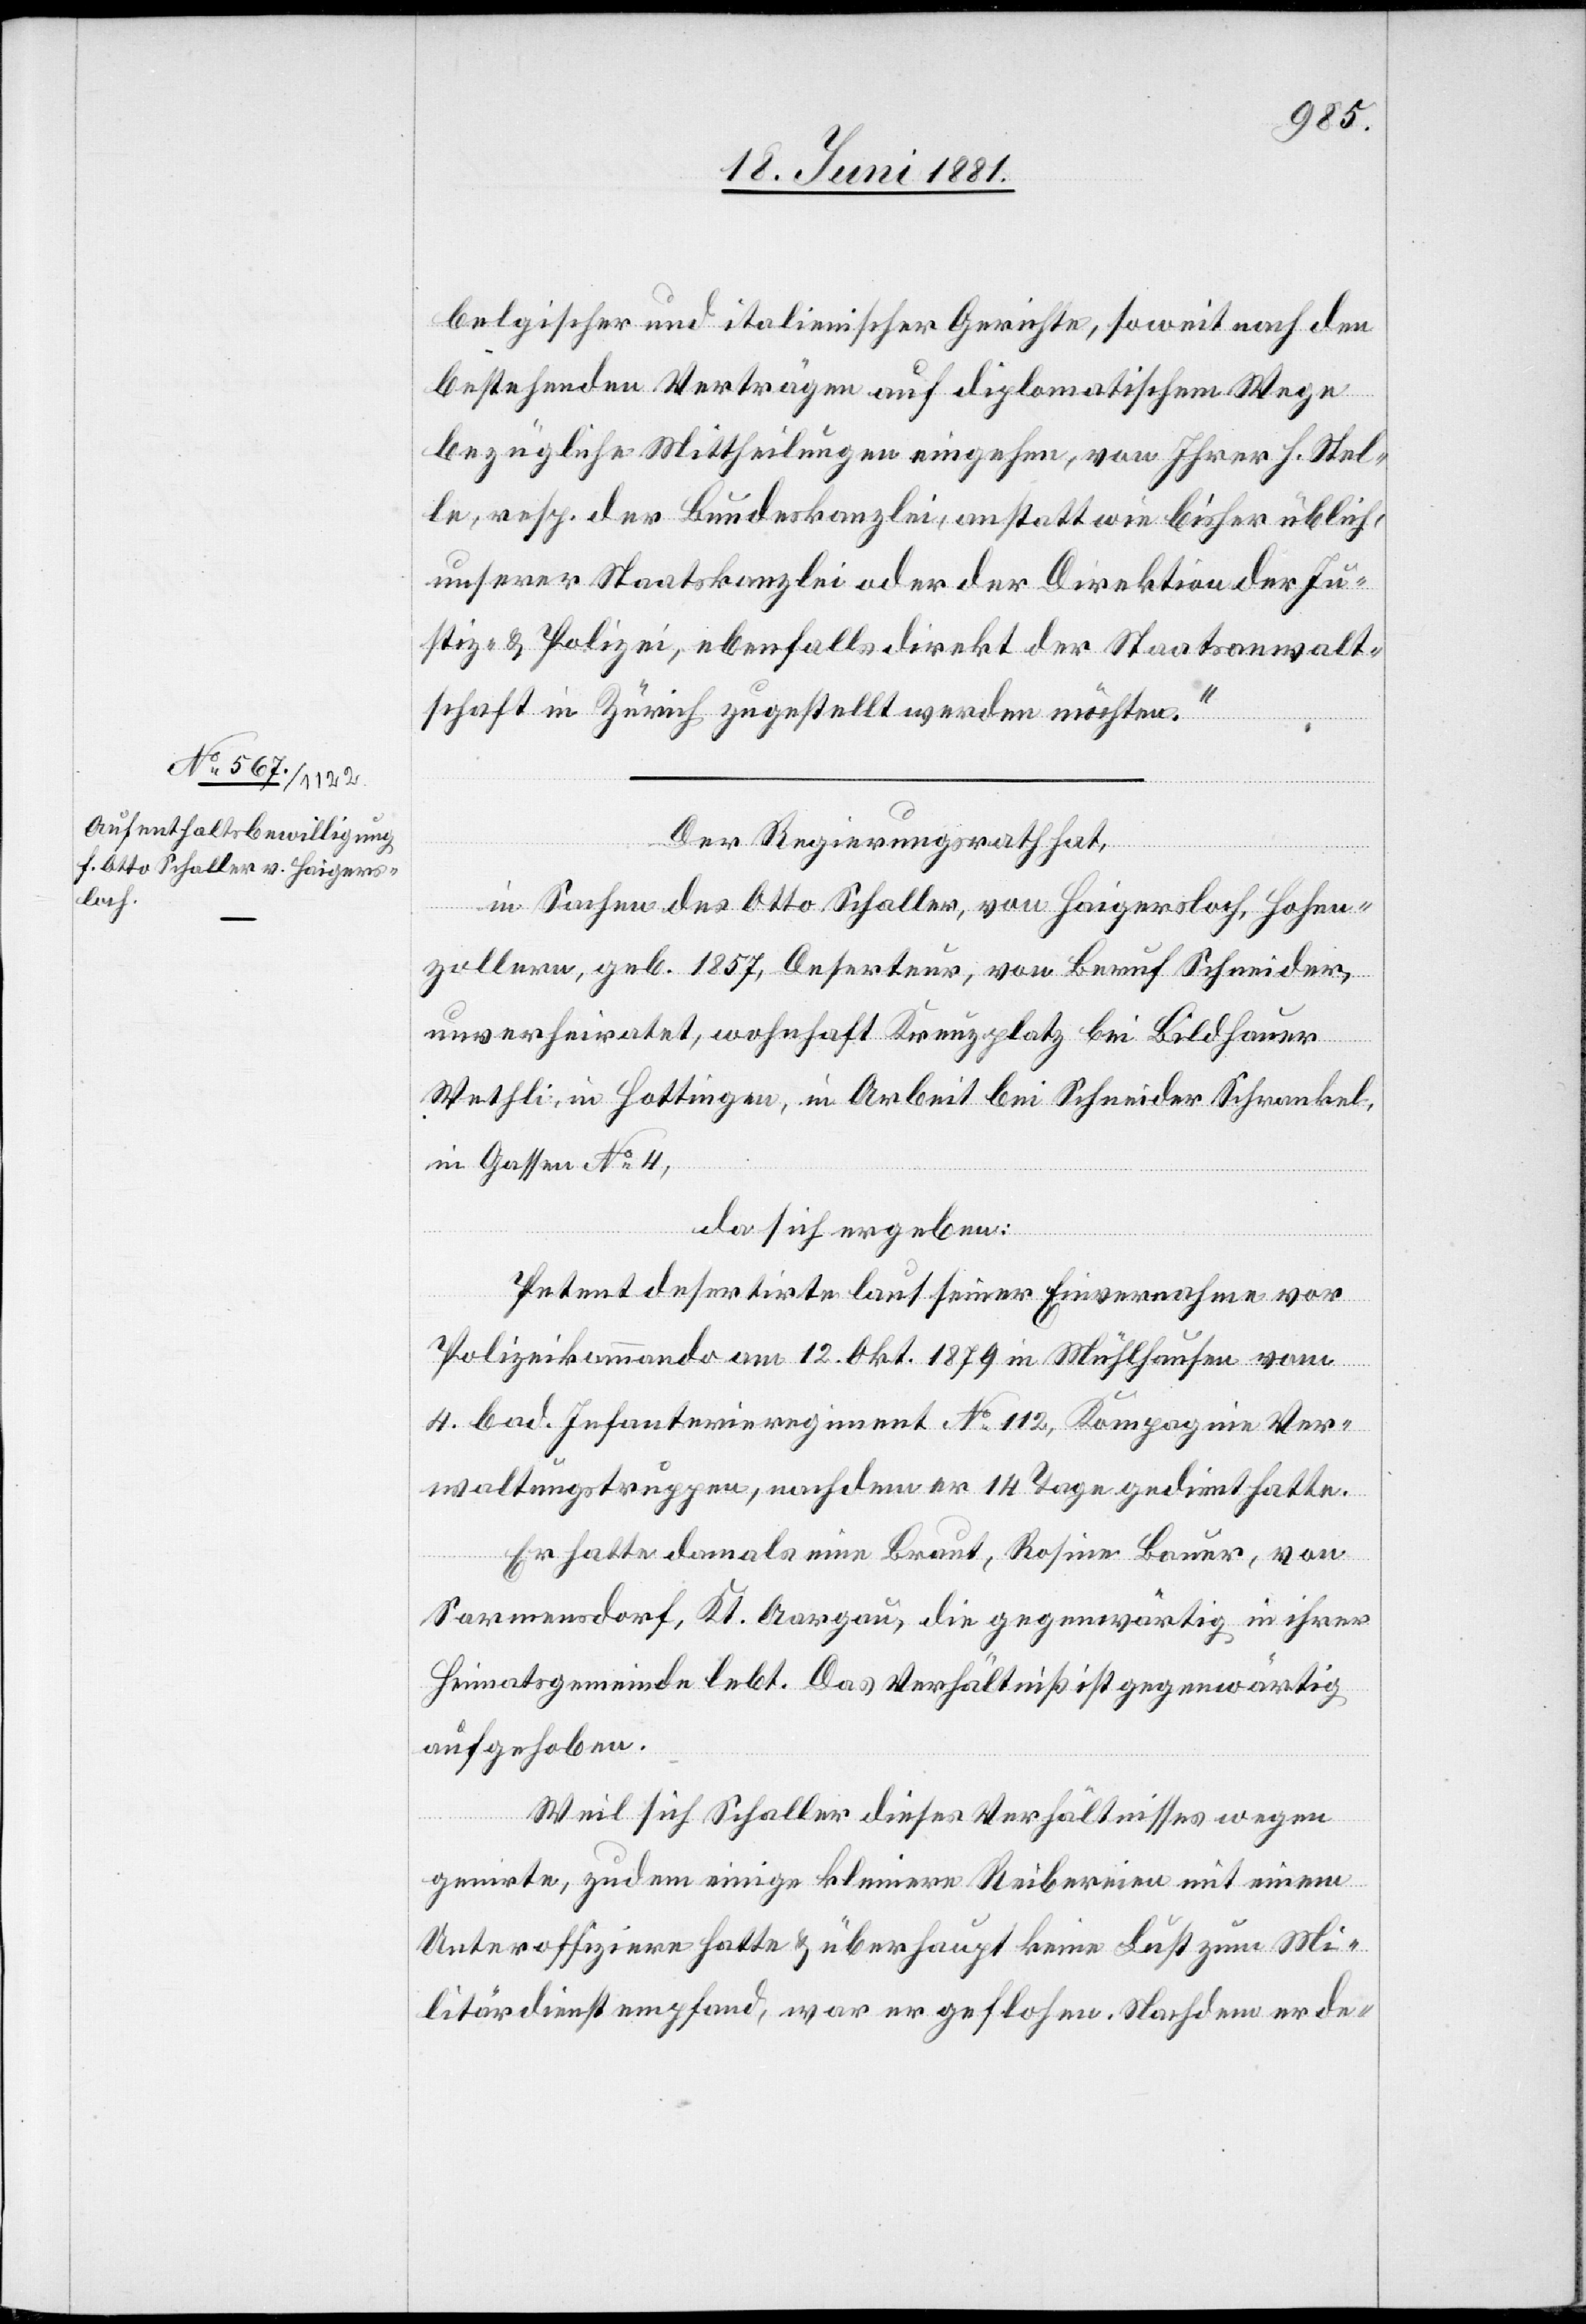
belgischer und italienischer Gerichte, soweit nach den
bestehenden Verträgen auf diplomatischem Wege
bezügliche Mittheilungen eingehen, von Ihrer h. Stel¬
le, resp. der Bundeskanzlei, anstatt wie bisher üblich,
unserer Staatskanzlei oder der Direktion der Ju¬
stiz-[sic!] & Polizei, ebenfalls direkt der Staatsanwalt¬
schaft in Zürich zugestellt werden möchten.“
Der Regierungsrath hat,
in Sachen des Otto Schaller, von Haigersloch, Hohen¬
zollern, geb. 1857, Deserteur, von Beruf Schneider,
unverheiratet, wohnhaft Kreuzplatz bei Bildhauer
Wethli, in Hottingen, in Arbeit bei Schneider Schrankel,
in Gassen No 4,
da sich ergeben:
Petent desertirte laut seiner Einvernahme vor
Polizeikommando am 12. Okt. 1879 in Mühlhausen vom
4. bad. Infanterieregiment No 112, Kompagnie Ver¬
waltungstruppen, nachdem er 14 Tage gedient hatte.
Er hatte damals eine Braut, Rosine Bauer, von
Sarmensdorf, Kt. Aargau, die gegenwärtig in ihrer
Heimatsgemeinde lebt. Das Verhältniß ist gegenwärtig
aufgehoben.
Weil sich Schaller dieses Verhältnisses wegen
genirte, zudem einige kleinere Reibereien mit einem
Unteroffiziere hatte & überhaupt keine Lust zum Mi¬
litärdienst empfand, war er geflohen. Nachdem der de-